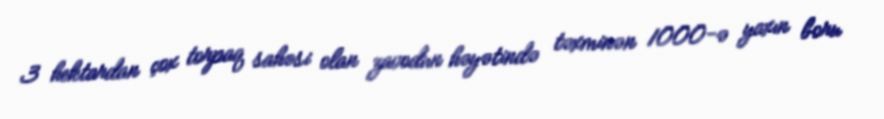
3 hektardan çox torpaq sahəsi olan zavodun həyətində təxminən 1000-ə yaxın boru